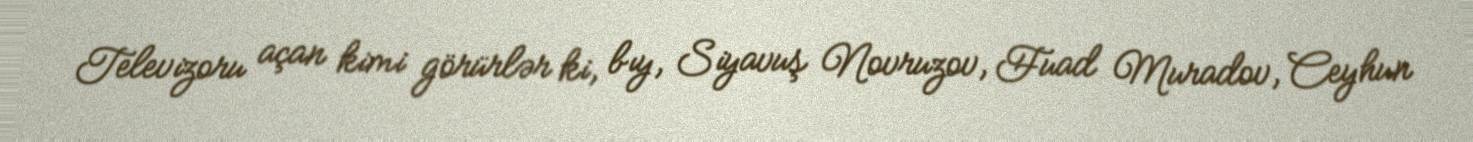
Televizoru açan kimi görürlər ki, bıy, Siyavuş Novruzov, Fuad Muradov, Ceyhun